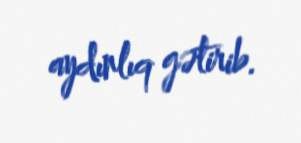
aydınlıq gətirib.